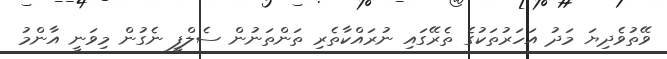
ވޭތުވެދިޔަ މަދު އަހަރުތަކުގެ ތެރޭގައި ނުރައްކާތެރި ތަންތަނުން ސެލްފީ ނެގުން މިވަނީ އާންމު